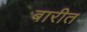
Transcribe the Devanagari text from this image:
बारीत